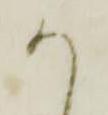
か